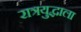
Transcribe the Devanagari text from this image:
रात्रयुद्धाला